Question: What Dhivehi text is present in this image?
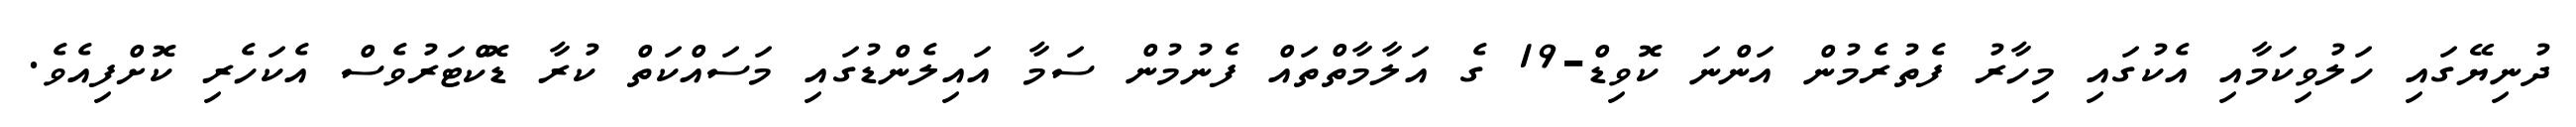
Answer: ދުނިޔޭގައި ހަލުވިކަމާއި އެކުގައި މިހާރު ފެތުރެމުން އަންނަ ކޮވިޑް-19 ގެ އަލާމާތްތައް ފެނުމުން ސަމާ އައިލެންޑުގައި މަސައްކަތް ކުރާ ޑޮކްޓަރުވެސް އެކަހެރި ކޮށްފިއެވެ.